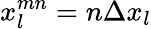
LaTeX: x_{l}^{mn}=n\Delta x_{l}